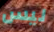
ليس